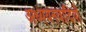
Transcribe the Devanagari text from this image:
अध्ययनवादियों